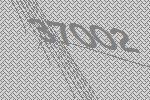
37002